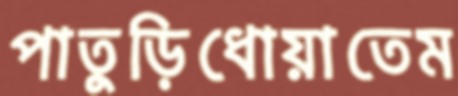
পাতুড়িধোয়াতেম